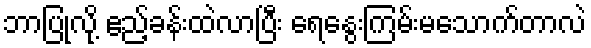
ဘာပြုလို့ ဧည့်ခန်းထဲလာပြီး ရေနွေးကြမ်းမသောက်တာလဲ